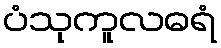
ပံသုကူလဓရံ